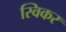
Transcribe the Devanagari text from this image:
स्विकर